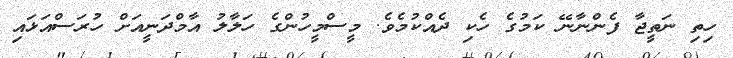
ހިތި ނަތީޖާ ފެންނާނޭ ކަމުގެ ހެކި ދެއްކުމެވެ. މީސްމީހުންގެ ހަލާލު އާމްދަނީއަށް ހުރަސްއަޅައި